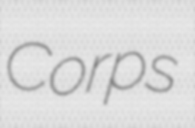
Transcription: Corps